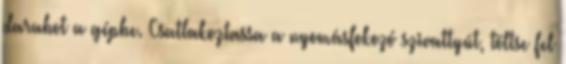
darabot a gépbe. Csatlakoztassa a nyomásfokozó szivattyút, töltse fel